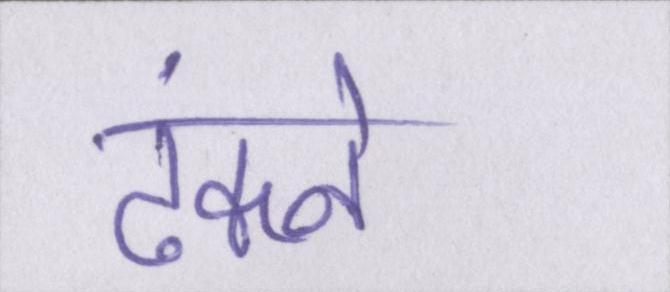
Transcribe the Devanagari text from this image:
ढंकने